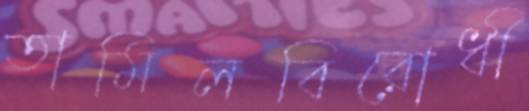
তামিলবিরোধী